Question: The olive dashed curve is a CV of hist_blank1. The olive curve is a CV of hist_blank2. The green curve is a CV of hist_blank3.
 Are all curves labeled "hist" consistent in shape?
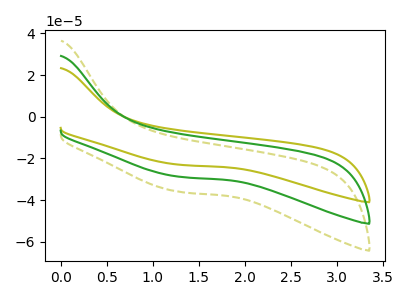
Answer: <think>The olive dashed curve "hist_blank1" has no peaks. The olive curve "hist_blank2" has no peaks. The green curve "hist_blank3" has no peaks.
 Neither "hist_blank1" or "hist_blank2" have any peaks. Neither "hist_blank1" or "hist_blank3" have any peaks. Neither "hist_blank2" or "hist_blank3" have any peaks.</think>
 <answer>All the CV's of "hist" have similar shape.</answer>
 <eval>follow_rule</eval>